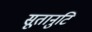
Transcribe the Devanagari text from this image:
सूतानुटि